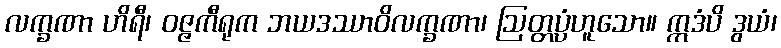
လက္ခဏာ ဟိရီ၊ ဝဇ္ဇကီရုက ဘယဒဿာဝိလက္ခဏာ၊ ဩတ္တပ္ပံဟူသော။ ဣဒံပိ ဒွယံ၊